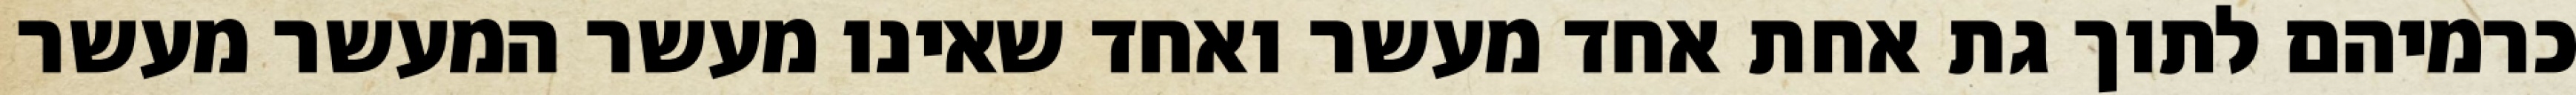
כרמיהם לתוך גת אחת אחד מעשר ואחד שאינו מעשר המעשר מעשר